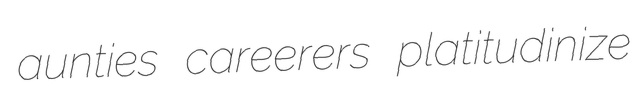
aunties careerers platitudinize